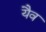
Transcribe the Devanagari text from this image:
यैव